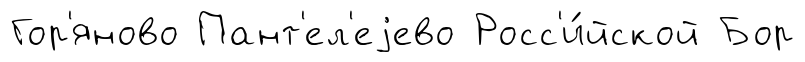
Гор'яново Пант'ел'еjево Росс'и́йской Бор